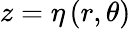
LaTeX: z=\eta\left(r,\theta\right)